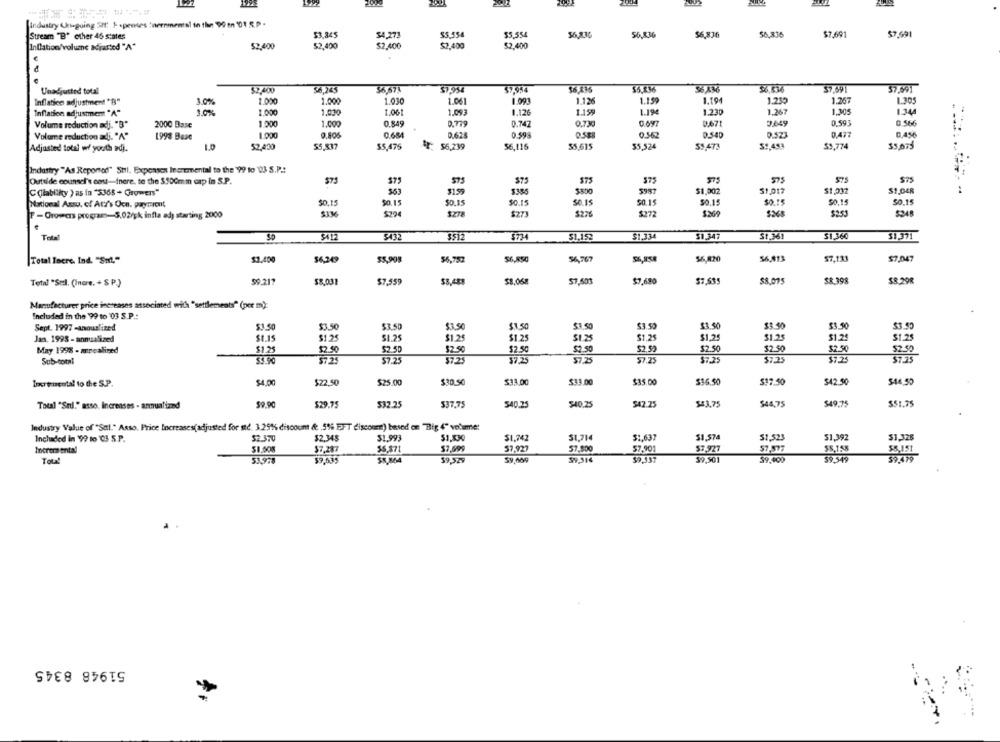
[industry Ukigoing SHE Ispenses nernmemal in the 99 en 01 R.P .
Stream "B" other 46 states
$4,273
$5,554
$5.554
56.836
56.836
$7.691
57,691
$2.400
$2.400
$2.400
$2.400
InCation/volume adjusted "A"
$2.400
d
Unadjusted total
$2.400
56,245
36,67%
57 954
$7,954
37691
57,691
Inflation adjustment "B"
1.0%
1.000
1.000
1.030
1.061
1.093
1.126
1.159
1.194
1.230
1.267
1.305
1.0%
1.000
1.030
1.061
1.093
1.12
1.159
1.230
1.267
1.905
1.344
Inflation adjustmem "A"
Volume reduction adj. "B"
2000 Base
1 .000
1.000
0.849
0.779
0.747
0.730
0-671
3.649
0.593
0.566
1.000
0.52
0.477
0,456
Volume reduction adi. "%"
1993 Base
0,806
0.684
0,625
0.562
0.540
Adjusted total w/ youth adj.
1.0
55,837
$5,475
IF: $5,239
56,116
55,615
55,524
59,473
59,483
$9,774
35,075
Industry "As Reported" Stil, Expenses Incremental to the '99 to"93 S.P .:
$75
575
573
Outside counsel's cost-inere, to the 3.100mm cap in S.P.
575
$75
$75
C (llabliky ) as in "$365 - Growers"
563
$159
$385
$500
5981
$1.002
$1.017
$1.032
$1,048
$0.15
SO IS
$0.15
50.14
50.15
National Assu. of Ator's Ocn. payment
$0.15
50.15
50.15
50.15
50.15
F - Growers program-5.02/pk infla ad) starting 2000
SIM
$294
$273
$226
$272
$269
Telal
9412
$432
3512
$774
51,152
$1.334
$1,347
St.361
$1.360
$1.371
Total Incre. Ind. "Sul."
$1.400
55,908
$6,752
$6,850
56,767
56.820
56,813
$7.111
$7.047
Total "Sedl. (Inare. + $ P.)
99.21
$8.031
$7.559
$8.068
57.503
$7.690
SR 398
$8.298
Manufacturer price increases associated with "settlements" (per m):
Included in the '99 to '03 S.P .:
$3.50
$3.50
$3.50
$3.50
$1.50
$1.50
$3.50
$3.50
$3.50
$3.50
Sept. 1997 -anoutlined
Jan. 1998 - annualized
St.15
$1.25
51.25
$1.25
$1.25
$1.25
$1.25
$1.25
31.25
$1.24
$1.25
$1.25
$2.50
52.50
$2.50
$2.50
$2.50
$2.52
$2.50
$2.50
$2.50
May 1998 - minealined
$250
Sub-total
$5.90
57-25
57.25
$7.25
37.25
57.25
57.25
$7.25
37.23
$7.25
Incremental to the S.P.
54.00
$22.50
$25.00
$30.50
$33.00
$33.00
$35.00
$36.50
$17.50
$42.50
$14.50
Total "Stil," asso, Increases - annualized
$29.75
$32.25
537.75
$40.25
$40,25
$42.25
$43.75
$44,75
$49.75
$51.75
Industry Value of "Sal." Asso. Price Increases(adjusted for std. 3.25% discount & .5% EFT discoum) based on "Big 4" volume:
Included in 99 to ℃3 5.P.
$2.370
$2.345
$1.993
$1,742
51,714
$1.637
$1,574
31,523
$1,392
$1,328
Incremental
$1.508
$7.287
55.371
$7,695
57,927
57.800
57,901
57.927
57.577
55.158
$5,151
Tou!
53,78
$9,439
58,864
$9,529
$9,009
39,316
$9,937
$9,501
59.400
$9,549
59.479
51948 8345